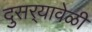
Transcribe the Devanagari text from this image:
दुसर्‍यावेळी